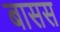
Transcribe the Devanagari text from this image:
बासस